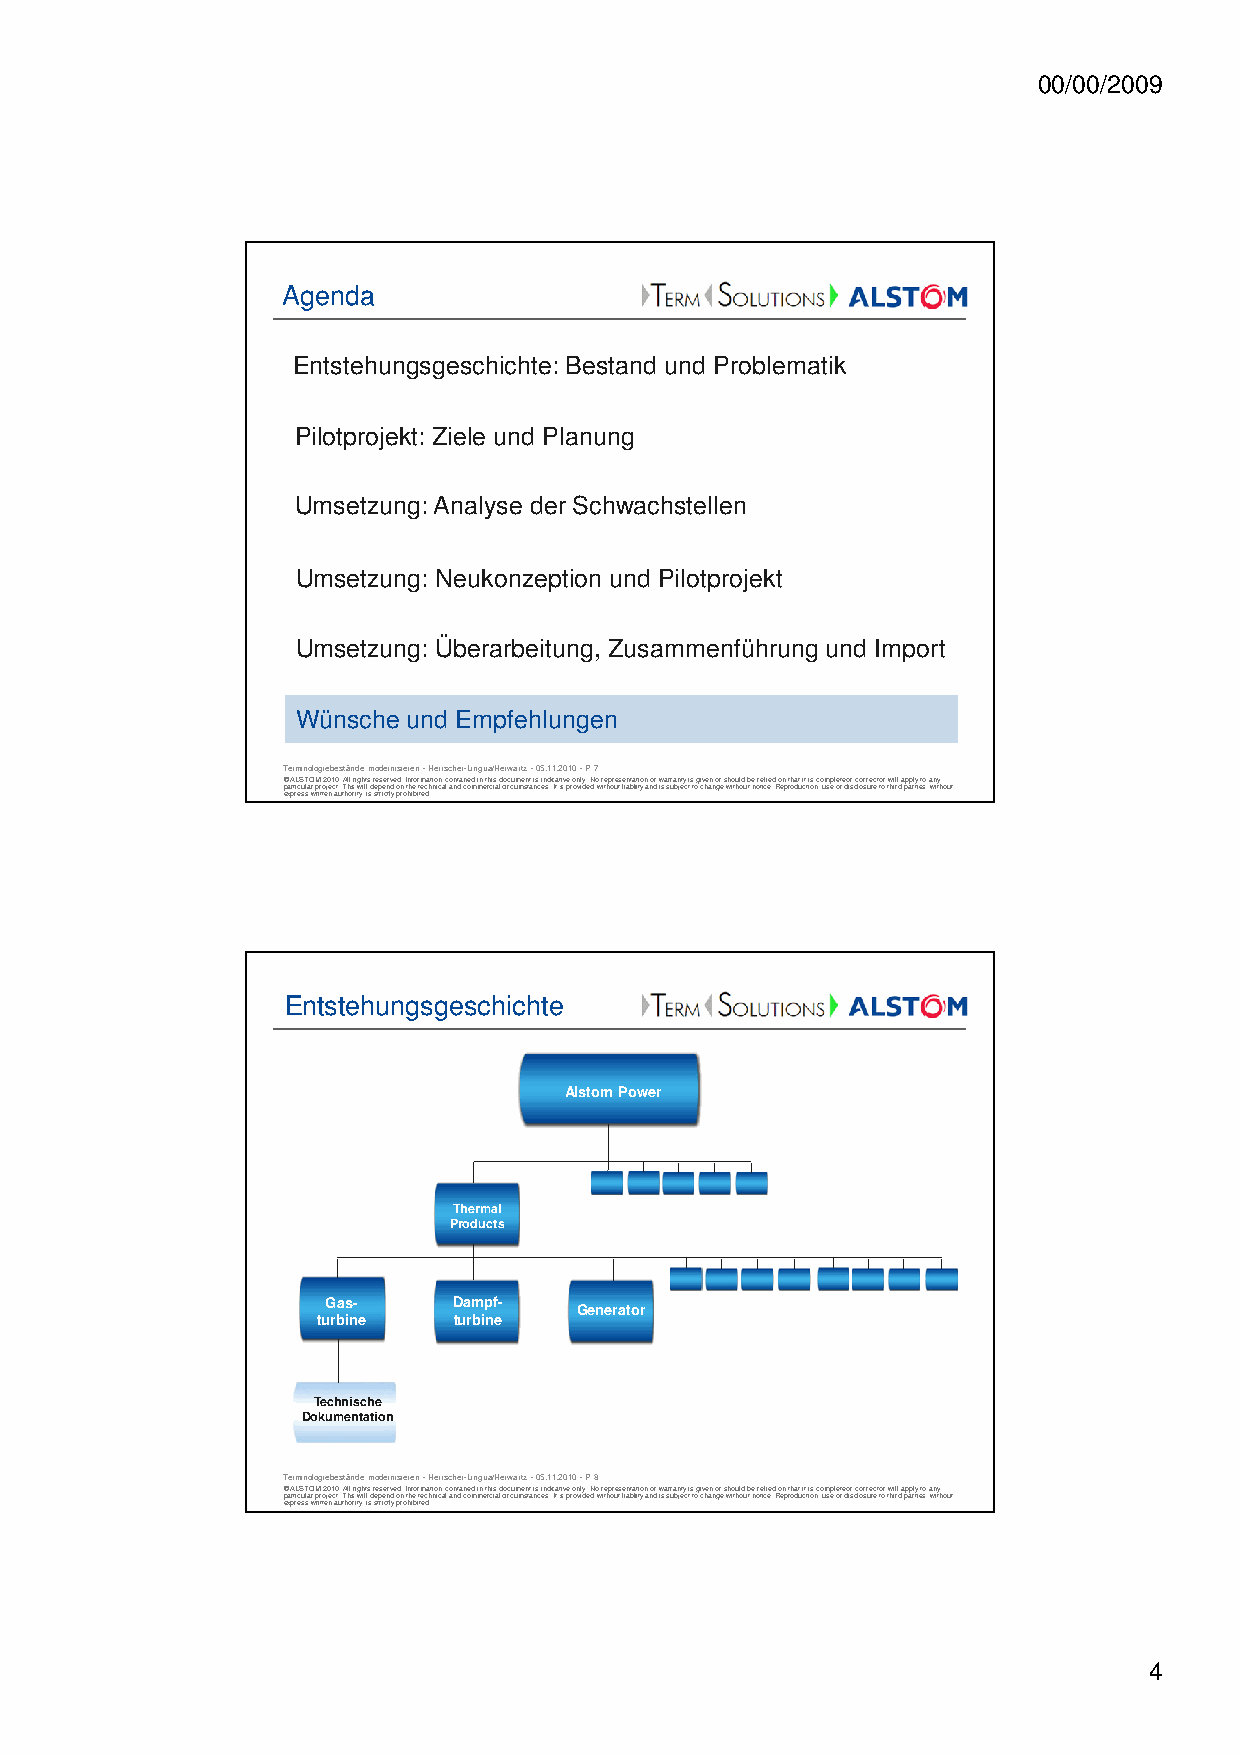
00/00/2009
 Agenda
 Entstehungsgeschichte: Bestand und Problematik
 Pilotprojekt: Ziele und Planung
 Umsetzung: Analyse der Schwachstellen
 Umsetzung: Neukonzeption und Pilotprojekt
 Umsetzung: Überarbeitung, Zusammenführung und Import
 Wünsche und Empfehlungen
 Terminologiebestände modernisieren -Herrscher-Lingua/Herwartz -05.11.2010 -P 7
 © ALSTOM 2010. All rights reserved. Information contained in this document is indicative only. No representation or warranty is given or should be relied on that it is complete or correct or will apply to any
 particular project. This will depend on the technical and commercial circumstances. It is provided without liability and is subject to change without notice. Reproduction, use or disclosure to third parties, without
 express written authority, is strictly prohibited.
 Entstehungsgeschichte
 Alstom Power
 Thermal
 Products
 Gas-    Dampf-
 Generator
 turbine  turbine
 Technische
 Dokumentation
 Terminologiebestände modernisieren -Herrscher-Lingua/Herwartz -05.11.2010 -P 8
 © ALSTOM 2010. All rights reserved. Information contained in this document is indicative only. No representation or warranty is given or should be relied on that it is complete or correct or will apply to any
 particular project. This will depend on the technical and commercial circumstances. It is provided without liability and is subject to change without notice. Reproduction, use or disclosure to third parties, without
 express written authority, is strictly prohibited.
 4